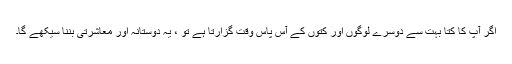
اگر آپ کا کتا بہت سے دوسرے لوگوں اور کتوں کے آس پاس وقت گزارتا ہے تو ، یہ دوستانہ اور معاشرتی بننا سیکھے گا۔